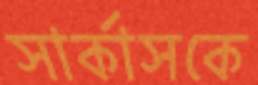
সার্কাসকে